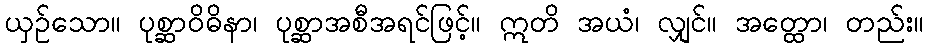
ယှဉ်သော။ ပုစ္ဆာဝိဓိနာ၊ ပုစ္ဆာအစီအရင်ဖြင့်။ ဣတိ အယံ၊ လျှင်။ အတ္ထော၊ တည်း။